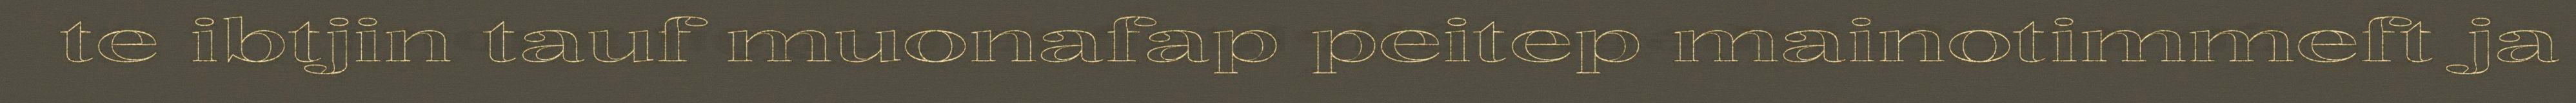
te ibtjin tauf muonafap peitep mainotimmeft ja